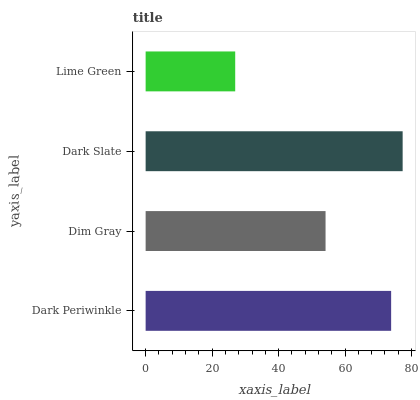
| yaxis_label | bars |
 | --- | --- |
 | Dark Periwinkle | 73.9 |
 | Dim Gray | 54.1 |
 | Dark Slate | 77.3 |
 | Lime Green | 26.9 |